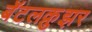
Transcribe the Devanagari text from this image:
बॅटलक्रुझर